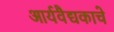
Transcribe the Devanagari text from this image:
आर्यवैद्यकाचे